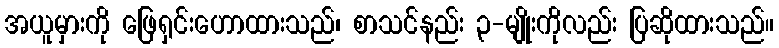
အယူမှားကို ဖြေရှင်းဟောထားသည်၊ စာသင်နည်း ၃-မျိုးကိုလည်း ပြဆိုထားသည်။